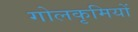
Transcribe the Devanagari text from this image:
गोलकृमियों